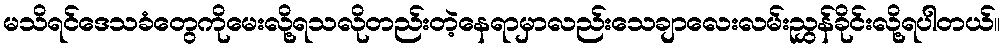
မသိရင်ဒေသခံတွေကိုမေးလို့ရသလိုတည်းတဲ့နေရာမှာလည်းသေချာလေးလမ်းညွှန်ခိုင်းလို့ရပါတယ်။